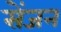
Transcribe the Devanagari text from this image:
सेंजन